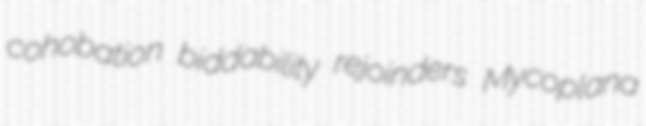
cohobation biddability rejoinders Mycoplana